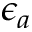
\epsilon _ { a }